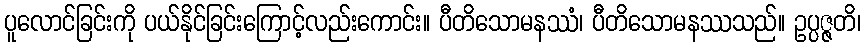
ပူလောင်ခြင်းကို ပယ်နိုင်ခြင်းကြောင့်လည်းကောင်း။ ပီတိသောမနဿံ၊ ပီတိသောမနဿသည်။ ဥပ္ပဇ္ဇတိ၊